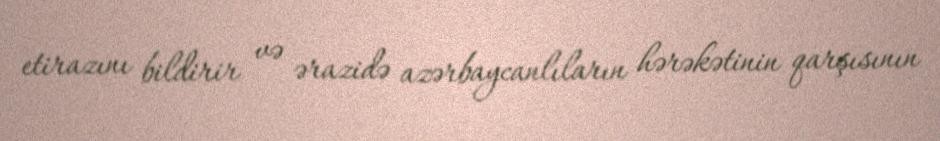
etirazını bildirir və ərazidə azərbaycanlıların hərəkətinin qarşısının